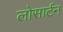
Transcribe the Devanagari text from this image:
लोसार्टन